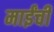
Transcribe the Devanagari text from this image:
माईंची